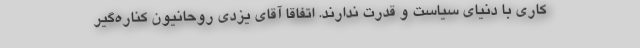
کاری با دنیای سیاست و قدرت ندارند. اتفاقا آقای یزدی روحانیون کناره‌گیر